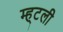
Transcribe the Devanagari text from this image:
म्ह्टली